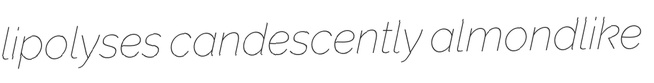
lipolyses candescently almondlike